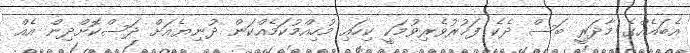
އެބައެއްގެ މާދަރީ ބަސް ދެކެ ފަޚުރުވެރިވުމަކީ ކިހައި މުހިއްމުކަމެއްކަން ދުނިޔެއަށް ދަސްކޮށްދިން އެއް